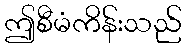
ဤစီမံကိန်းသည်